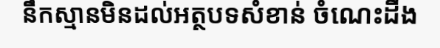
នឹកស្មានមិនដល់អត្ថបទសំខាន់ ចំណេះដឹង